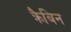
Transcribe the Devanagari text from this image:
क्रैबिन